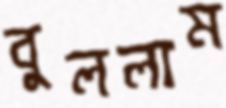
বুললাম